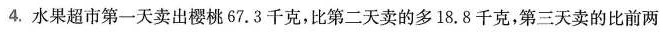
4.水果超市第一天卖出樱桃67.3千克，比第二天卖的多18.8千克，第三天卖的比前两